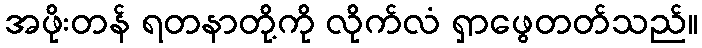
အဖိုးတန် ရတနာတို့ကို လိုက်လံ ရှာဖွေတတ်သည်။